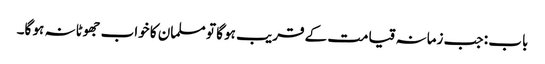
باب : جب زمانہ قیامت کے قریب ہو گا تو مسلمان کا خواب جھوٹا نہ ہو گا۔